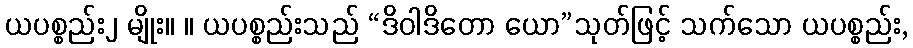
ယပစ္စည်း၂ မျိုး။ ။ ယပစ္စည်းသည် “ဒိဝါဒိတော ယော”သုတ်ဖြင့် သက်သော ယပစ္စည်း,